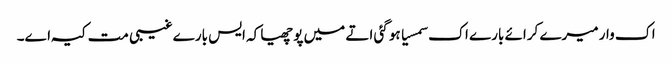
اک وار میرے کرائے بارے اک سمسیا ہو گئی اتے میں پوچھیا کہ ایس بارے غیبی مت کیہ اے۔